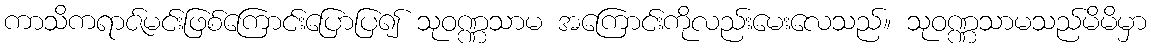
ကာသိကရာဇ်မင်းဖြစ်ကြောင်းပြောပြ၍ သုဝဏ္ဏသာမ အကြောင်းကိုလည်းမေးလေသည်။ သုဝဏ္ဏသာမသည်မိမိမှာ